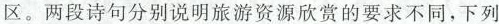
区。两段诗句分别说明旅游资源欣赏的要求不同，下列